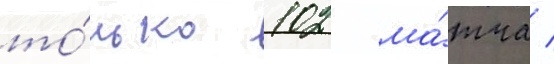
то́лько 102 ма́тча /